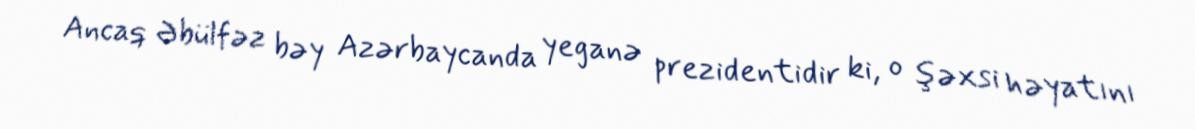
Ancaq Əbülfəz bəy Azərbaycanda yeganə prezidentidir ki, o şəxsi həyatını